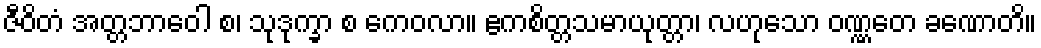
ဇီဝိတံ အတ္တဘာဝေါ စ၊ သုဒုက္ခာ စ ကေဝလာ။ ဧကစိတ္တသမာယုတ္တာ၊ လဟုသော ဝဏ္ဏတေ ခဏောတိ။